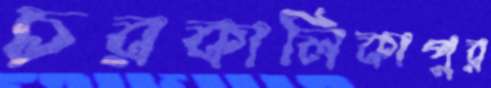
চরকালিকাপুর